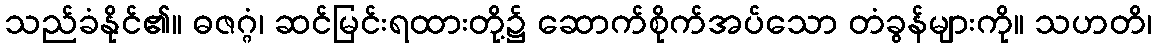
သည်ခံနိုင်၏။ ဓဇဂ္ဂံ၊ ဆင်မြင်းရထားတို့၌ ဆောက်စိုက်အပ်သော တံခွန်များကို။ သဟတိ၊